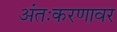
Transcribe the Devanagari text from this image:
अंतःकरणावर